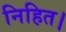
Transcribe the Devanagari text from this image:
निहित।